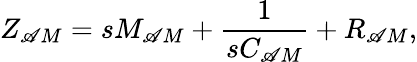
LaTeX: Z_{\mathscr{A}M}=sM_{\mathscr{A}M}+\frac{{1}}{{sC_{\mathscr{A}M}}}+R_{\mathscr{A}M},